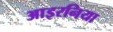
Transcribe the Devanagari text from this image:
आइरनिया